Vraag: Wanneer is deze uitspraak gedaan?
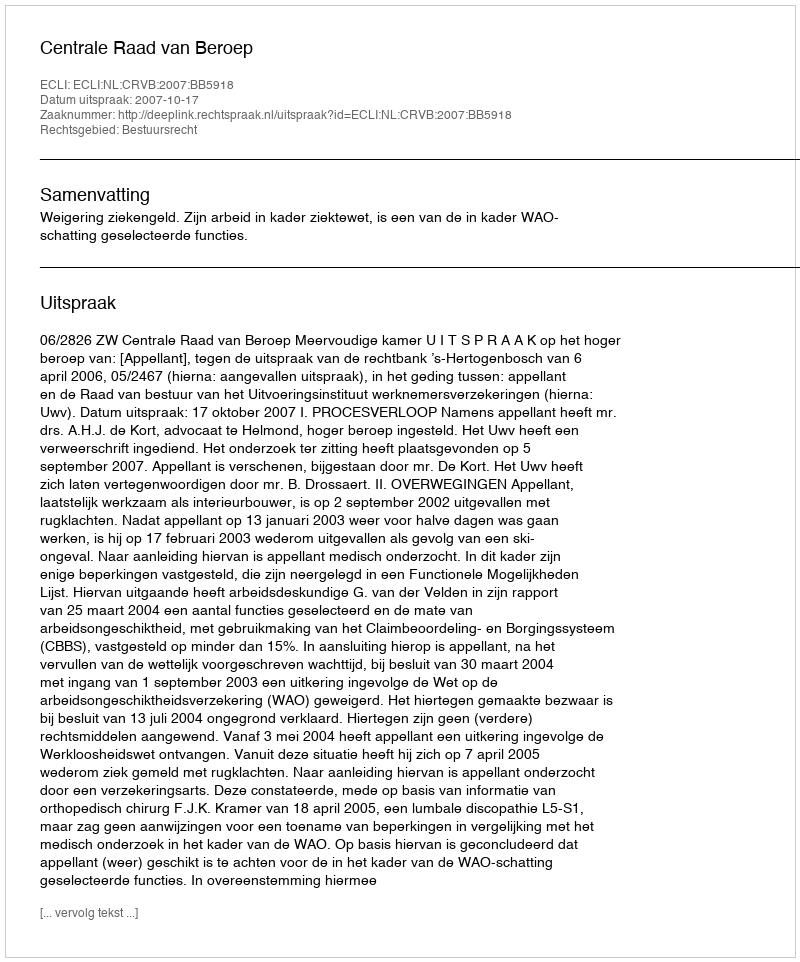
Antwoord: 2007-10-17